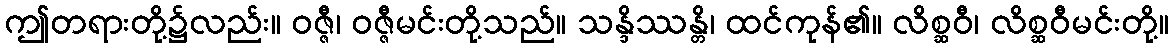
ဤတရားတို့၌လည်း။ ဝဇ္ဇီ၊ ဝဇ္ဇီမင်းတို့သည်။ သန္ဒိဿန္တိ၊ ထင်ကုန်၏။ လိစ္ဆဝီ၊ လိစ္ဆဝီမင်းတို့။